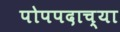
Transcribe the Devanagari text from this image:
पोपपदाच्या